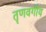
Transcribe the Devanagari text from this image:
तॄणवर्गीय